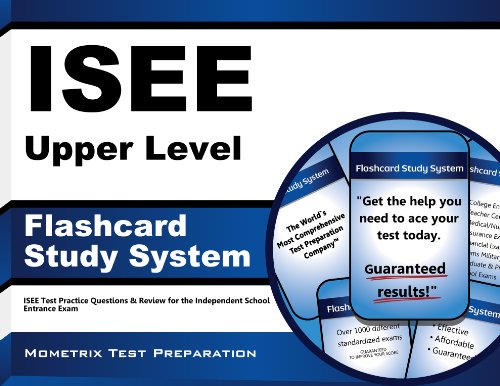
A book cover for ISEE Upper Level Flashcard Study System: ISEE Test Practice Questions & Review for the Independent School Entrance Exam (Cards); ISEE Exam Secrets Test Prep Team; Test Preparation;